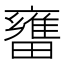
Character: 㽫